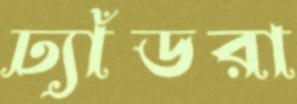
ঢ্যাঁডরা